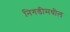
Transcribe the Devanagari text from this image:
निगडीमधील